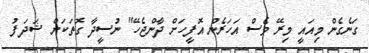
ގަނެގެން މިއައީ މިރޭ ވެސް އަހަރެން އޮފީހަށް ދާންޖެހޭ" ނުސީދާ ގޮތަކަށް ޝަދަފު